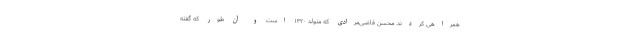
همراهی کردند. محسن قاضی‌مرادی که متولد ۱۳۲۰ است و آن طور که گفته